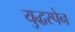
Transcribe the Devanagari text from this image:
युद्धस्पेन